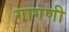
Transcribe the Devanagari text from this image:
गागणी